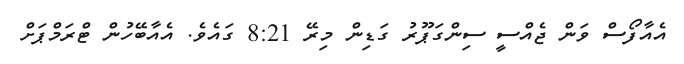
އެއާފޯސްް ވަން ޖެއްސީ ސިންގަޕޫރު ގަޑިން މިރޭ 8:21 ގައެވެ. އެއާބޭހުން ޓްރަމްޕަށް